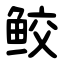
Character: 鲛